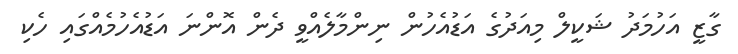
ގާޒީ އަހުމަދު ޝަކީލް މިއަދުގެ އަޑުއެހުން ނިންމާލެއްވީ ދެން އޮންނަ އަޑުއެހުމެއްގައި ހެކި